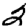
Digit: 0